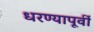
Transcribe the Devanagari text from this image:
धरण्यापूर्वी